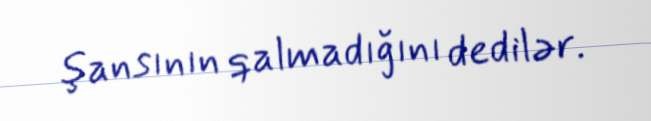
şansının qalmadığını dedilər.